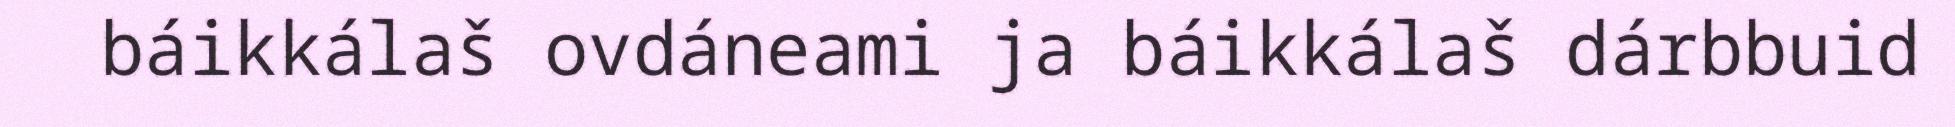
báikkálaš ovdáneami ja báikkálaš dárbbuid